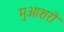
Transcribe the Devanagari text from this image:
मुआशरों